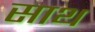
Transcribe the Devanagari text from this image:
साथ